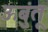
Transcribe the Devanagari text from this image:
ऊबुंतू